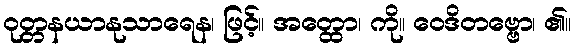
ဝုတ္တနယာနုသာရေန၊ ဖြင့်။ အတ္ထော၊ ကို။ ဝေဒိတဗ္ဗော၊ ၏။